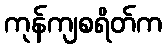
ကုန်ကျစရိတ်က